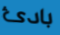
بادئ